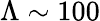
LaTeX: \Lambda\sim 100